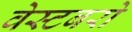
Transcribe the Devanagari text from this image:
वेस्टबरो